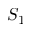
S _ { 1 }